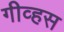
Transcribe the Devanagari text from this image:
गीव्हस